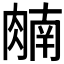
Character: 𬛈